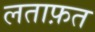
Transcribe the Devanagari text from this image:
लताफ़त